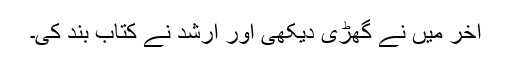
آخر میں نے گھڑی دیکھی اور ارشد نے کتاب بند کی۔